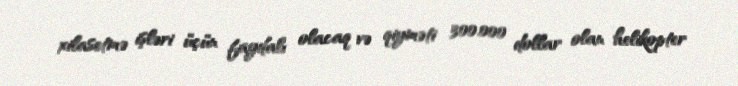
xilasetmə işləri üçün faydalı olacaq və qiyməti 300.000 dollar olan helikopter